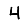
Digit: 4